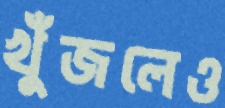
খুঁজলেও